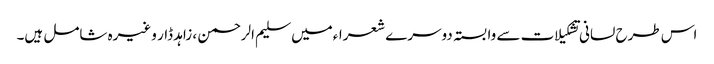
اس طرح لسانی تشکیلات سے وابستہ دوسرے شعراءمیں سلیم الرحمن ، زاہد ڈار وغیرہ شامل ہیں۔